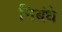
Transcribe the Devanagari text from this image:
निबंधे